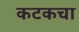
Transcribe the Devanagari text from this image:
कटकचा